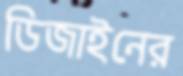
ডিজাইনের